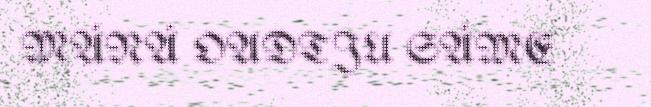
MÁNÁ OADTJU SÁME